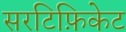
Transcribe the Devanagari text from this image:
सरटिफ़िकेट